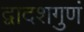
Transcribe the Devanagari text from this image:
द्वादशगुणं